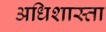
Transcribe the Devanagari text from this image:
अधिशास्ता